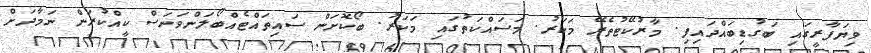
ވިޔަފާރީގައި ބަގުޑިބައްދައިފި. މާރުކޭޓުތެރޭ މަކަރު. މަސައްކަތުގައި މަކަރު. ބޯކޮށަން ސައިތައްޓެއްބޯލަންވަނަސް ކީއްކުރަން ނަމާދަށް